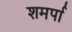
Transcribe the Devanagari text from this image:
शमर्पा